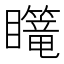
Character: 𪿄